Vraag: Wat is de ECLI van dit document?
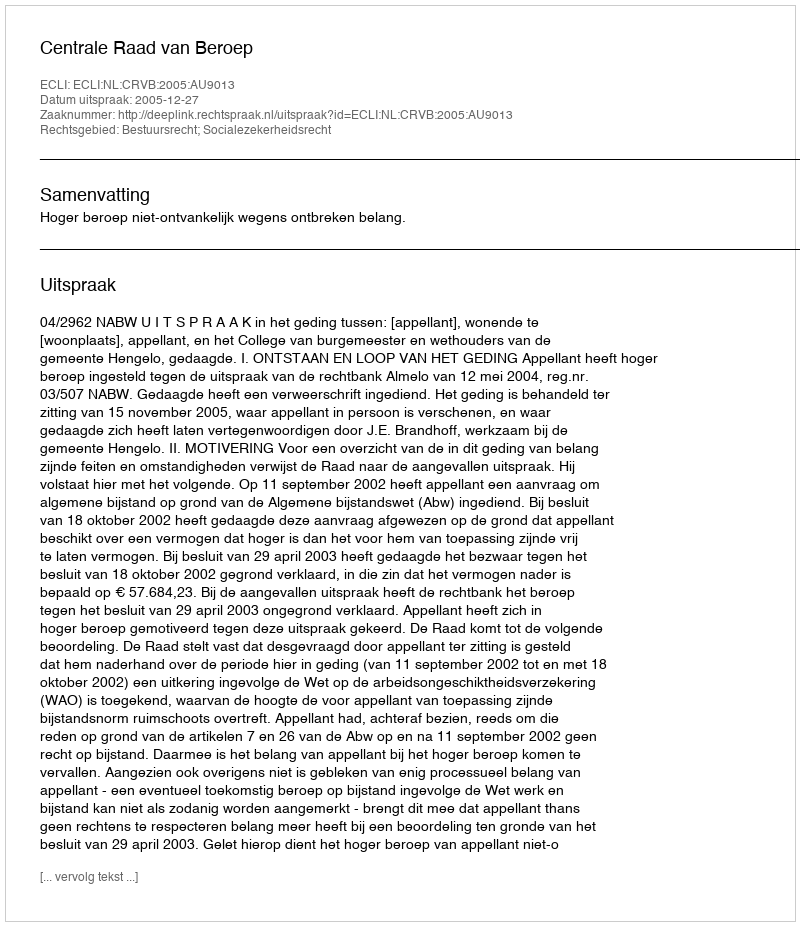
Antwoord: ECLI:NL:CRVB:2005:AU9013